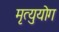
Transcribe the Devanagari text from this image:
मृत्युयोग